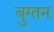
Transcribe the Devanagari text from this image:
बुग्तन